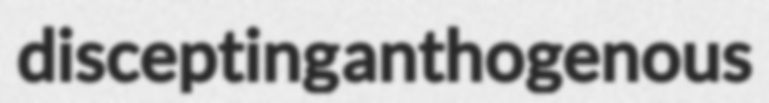
discepting anthogenous